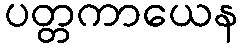
ပတ္တကာယေန